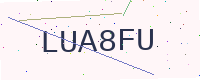
Text: LUA8FU